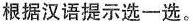
根据汉语提示选一选。